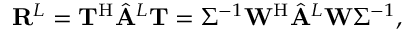
\mathbf { R } ^ { L } = \mathbf { T } ^ { \mathrm { H } } \hat { \mathbf { A } } ^ { L } \mathbf { T } = \Sigma ^ { - 1 } \mathbf { W } ^ { \mathrm { H } } \hat { \mathbf { A } } ^ { L } \mathbf { W } \Sigma ^ { - 1 } ,